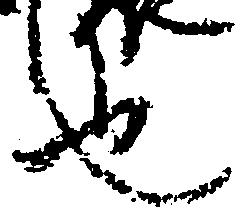
也